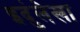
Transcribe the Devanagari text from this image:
इदुंलेखा